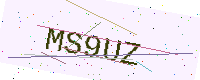
Text: MS9UZ